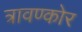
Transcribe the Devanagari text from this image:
त्रावण्कोर